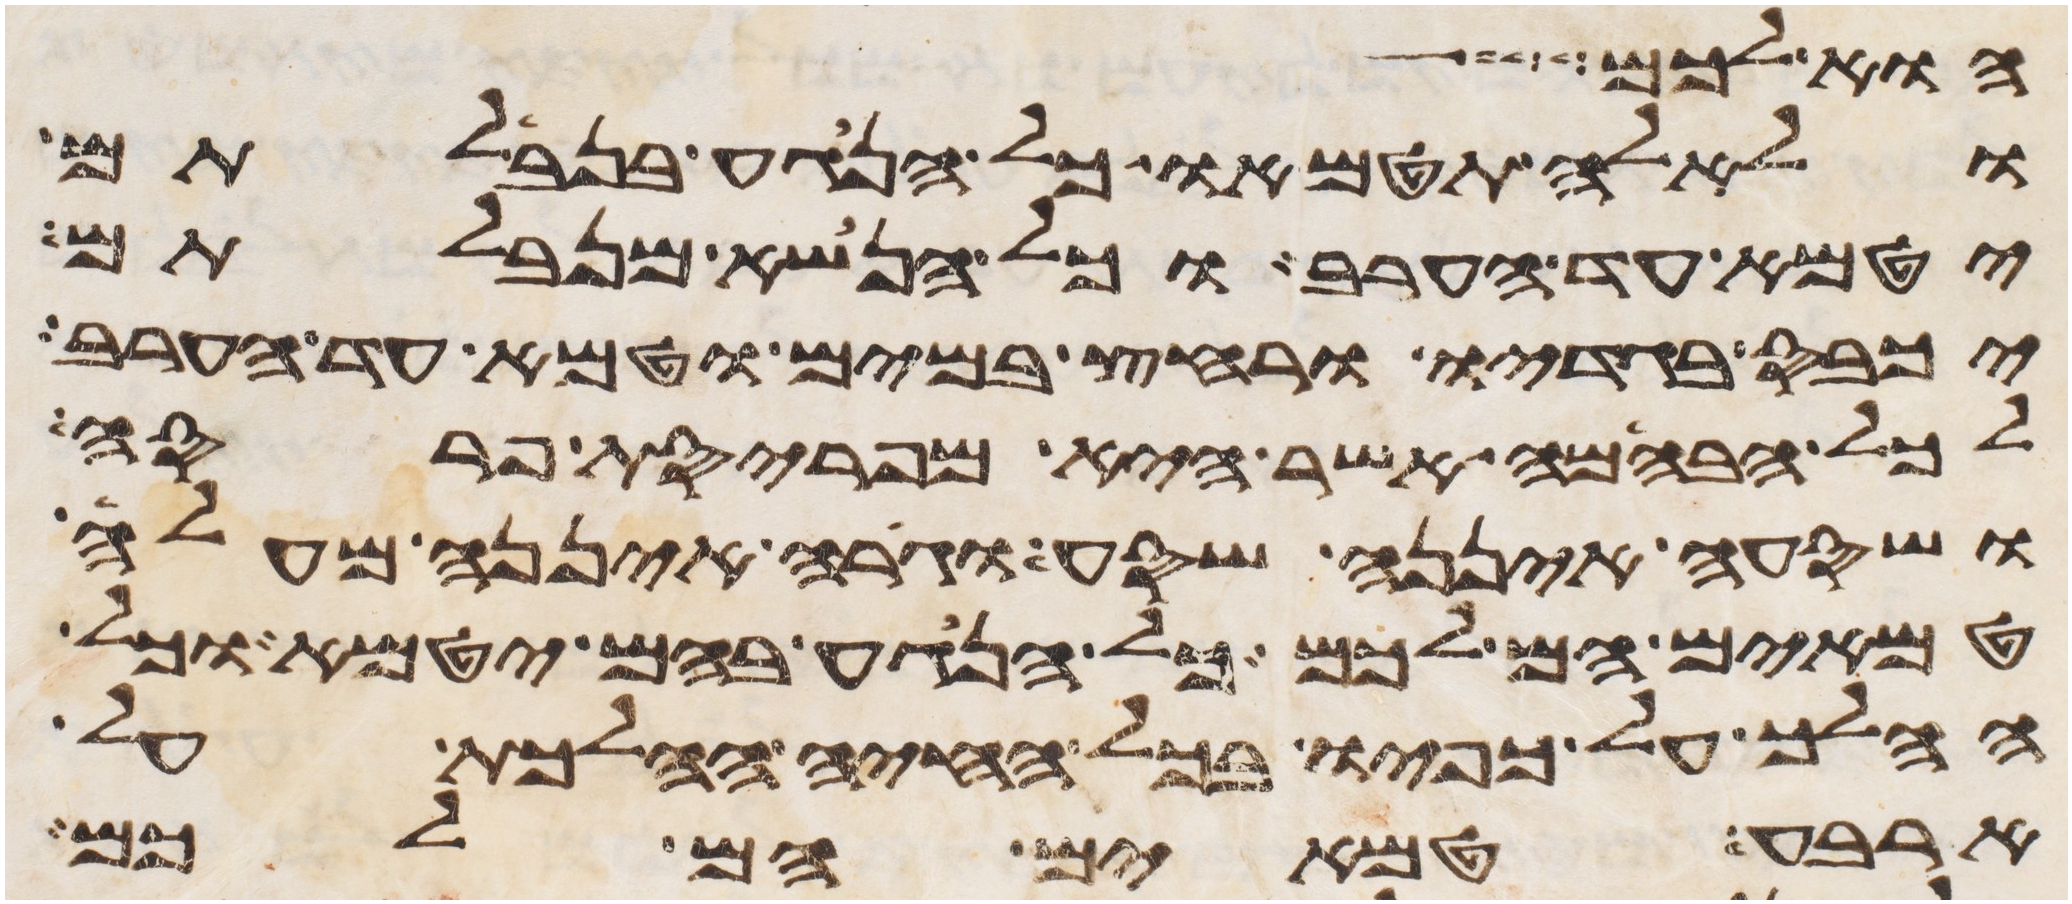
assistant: הוא לכם
ולאלה תטמאו כל הנגע בנבלתם
יטמא עד הערב וכל הנשא מנבלתם
יכבס בגדיו ורחץ במים וטמא עד הערב
לכל הבהמה אשר היא מפריסת פרסה
ושסעה איננה שסע וגרה איננה מעלה
טמאים הם לכם כל הנגע בהם יטמא וכל
ההלך על כפיו בכל החיה ההלכת על
ארבע טמאים הם לכם